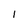
Character: l